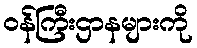
ဝန်ကြီးဌာနများကို